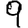
Digit: 9